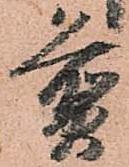
煎